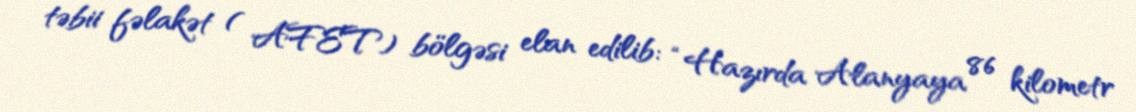
təbii fəlakət ( AFET) bölgəsi elan edilib: “Hazırda Alanyaya 86 kilometr